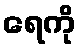
ရေကို